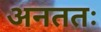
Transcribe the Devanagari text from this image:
अनततः